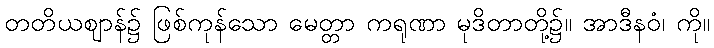
တတိယဈာန်၌ ဖြစ်ကုန်သော မေတ္တာ ကရုဏာ မုဒိတာတို့၌။ အာဒီနဝံ၊ ကို။